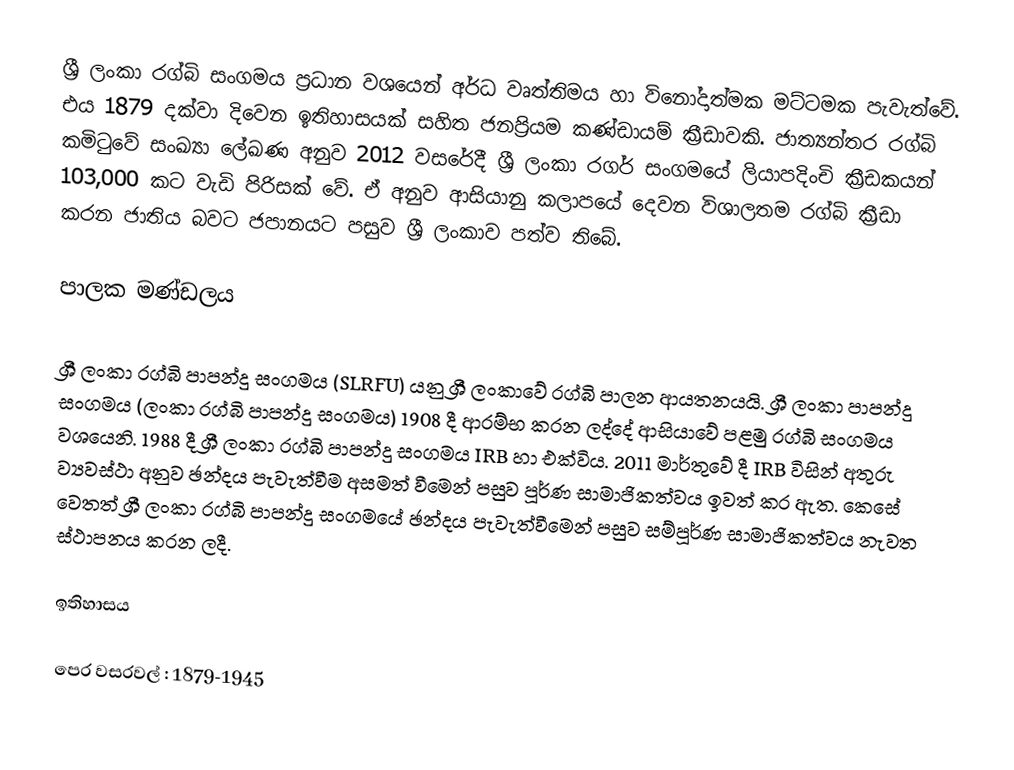
ශ්‍රී ලංකා රග්බි සංගමය ප්‍රධාන වශයෙන් අර්ධ වෘත්තිමය හා විනෝදාත්මක මට්ටමක පැවැත්වේ. එය 1879 දක්වා දිවෙන ඉතිහාසයක් සහිත ජනප්‍රියම කණ්ඩායම් ක්‍රීඩාවකි. ජාත්‍යන්තර රග්බි කමිටුවේ සංඛ්‍යා ලේඛණ අනුව 2012 වසරේදී ශ්‍රී ලංකා රගර් සංගමයේ ලියාපදිංචි ක්‍රීඩකයන් 103,000 කට වැඩි පිරිසක් වේ. ඒ අනුව ආසියානු කලාපයේ දෙවන විශාලතම රග්බි ක්‍රීඩා කරන ජාතිය බවට ජපානයට පසුව ශ්‍රී ලංකාව පත්ව තිබේ.

පාලක මණ්ඩලය

ශ්‍රී ලංකා රග්බි පාපන්දු සංගමය (SLRFU) යනු ශ්‍රී ලංකාවේ රග්බි පාලන ආයතනයයි. ශ්‍රී ලංකා පාපන්දු සංගමය (ලංකා රග්බි පාපන්දු සංගමය) 1908 දී ආරම්භ කරන ලද්දේ ආසියාවේ පළමු රග්බි සංගමය වශයෙනි. 1988 දී ශ්‍රී ලංකා රග්බි පාපන්දු සංගමය IRB හා එක්විය. 2011 මාර්තුවේ දී IRB විසින් අතුරු ව්‍යවස්ථා අනුව ඡන්දය පැවැත්වීම අසමත් වීමෙන් පසුව පූර්ණ සාමාජිකත්වය ඉවත් කර ඇත. කෙසේ වෙතත් ශ්‍රී ලංකා රග්බි පාපන්දු සංගමයේ ඡන්දය පැවැත්වීමෙන් පසුව සම්පූර්ණ සාමාජිකත්වය නැවත ස්ථාපනය කරන ලදී.

ඉතිහාසය

පෙර වසරවල් : 1879-1945